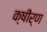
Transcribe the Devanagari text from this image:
क्षीर्ण